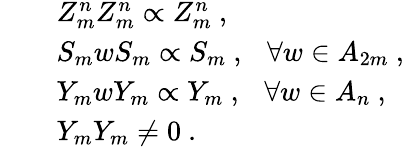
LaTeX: \begin{array}{rcl}{{}}&{{}}&{{Z_{m}^{n}Z_{m}^{n}\propto Z_{m}^{n}~,}}\\ {{}}&{{}}&{{S_{m}wS_{m}\propto S_{m}~,~~~\forall w\in A_{2m}~,}}\\ {{}}&{{}}&{{Y_{m}wY_{m}\propto Y_{m}~,~~~\forall w\in A_{n}~,}}\\ {{}}&{{}}&{{Y_{m}Y_{m}\not=0~.}}\end{array}